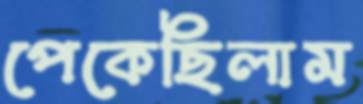
পেকেছিলাম